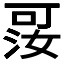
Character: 𪡑